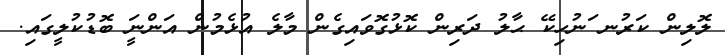
ލޮލިން ކަރުނ ަނުހިކޭ ޙާލު ދަރިން ކޮޅުގޮވައިގެން މާލެ އުޅެމުން އަންނަީ ބޮޑުކުލީގައި.